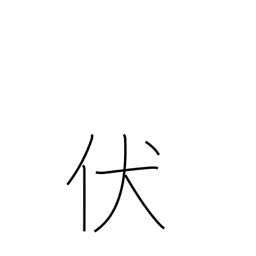
Meaning: bend down